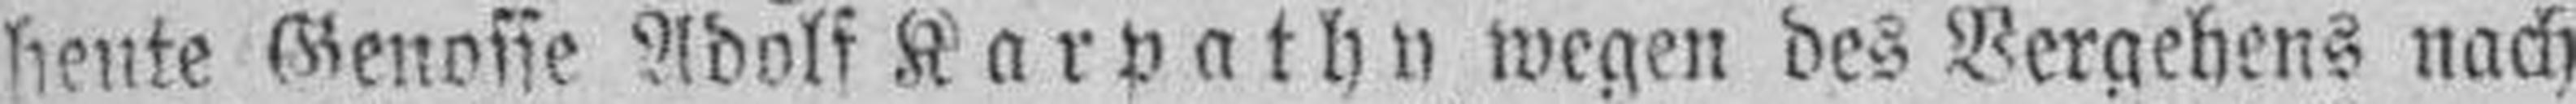
heute Genosse Adolf Karpathy wegen des Vergehens nach